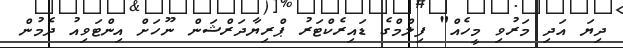
ދިޔަ އަދި މަރުވި މީހެއް" ފިލްމްގެ ޑައިރެކްޓަރު ޕްރިޔާދަރްޝަން ނޫހަށް އިންޓަވިއު ދެމުން